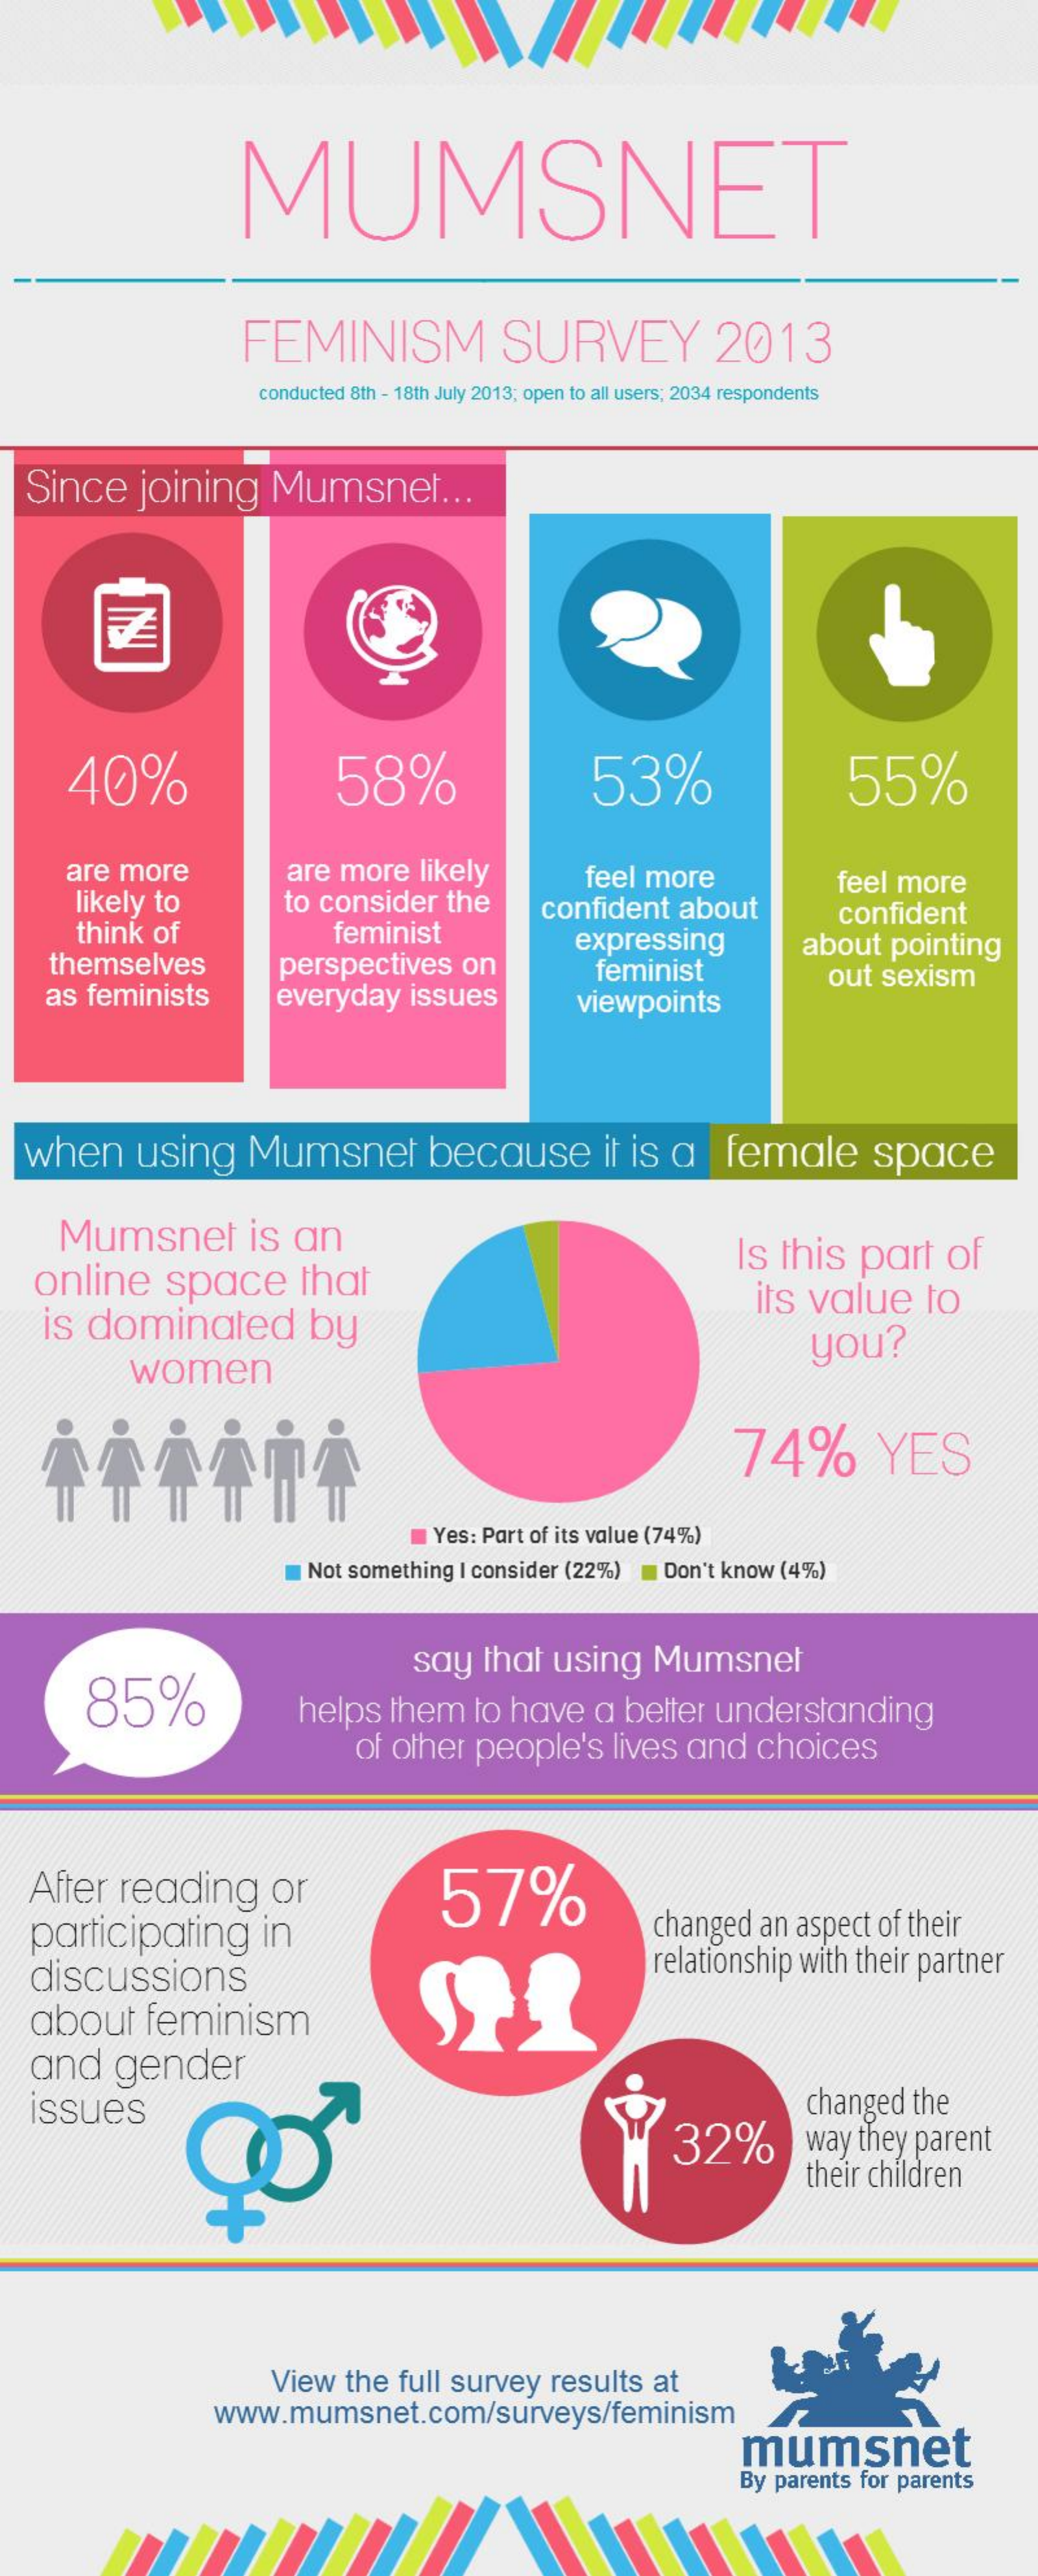
MUMSNET
     FEMINISM    SURVEY    2013
     conducted 8th - 18th July 2013; open to all users; 2034 respondents
   Since    joining    Mumsnet    ...
     40%    58%    53%    55%
     are  more    are  more    likely
     likely to    to consider    the
     feel  more    feel more
     think  of    feminist
     confident    about    confident
     themselves    perspectives    on
     expressing    about    pointing
     as  feminists    everyday    issues
     feminist
     viewpoints
     out  sexism
   when    using    Mumsnet    because    it is  a    female    space
     Mumsnet    is  an
    online    space    that
     Is this    part    of
    is  dominated    by
     its value    to
     women
     you?
     74%    YES
     Yes: Part of its value (74%)
     Not something  I consider (22%)    Don't know  (4%)
     85%
     say    that   using    Mumsnet
     helps    them    to  have    a  better   understanding
     of other   people's    lives  and    choices
   After    reading    or    57%
   participating    in    changed    an aspect  of their
   discussions    relationship  with their partner
    about    feminism
   and    gender
    ssues
     32%
     changed    the
     way they  parent
     their children
     View   the   full survey    results   at
     www.mumsnet.com/surveys/feminism
     mumsnet
     By parents  for parents